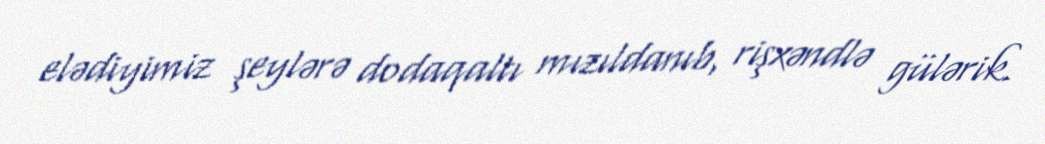
elədiyimiz şeylərə dodaqaltı mızıldanıb, rişxəndlə gülərik.